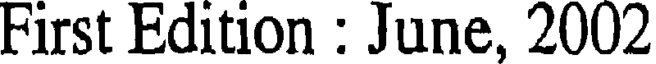
First Edition : June, 2002